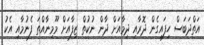
އަތްދަބަސް ހިފައިގެން ދޮރާއި ދިމާއަށް ދާން ނުކުތް ޒިފާއަށް މޫމިނާއްތަ ފެނުމާއި އެކު